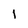
Character: I